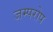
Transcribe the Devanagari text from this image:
जम्परोप